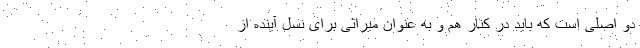
دو اصلی است که باید در کنار هم و به عنوان میراثی برای نسل آینده از